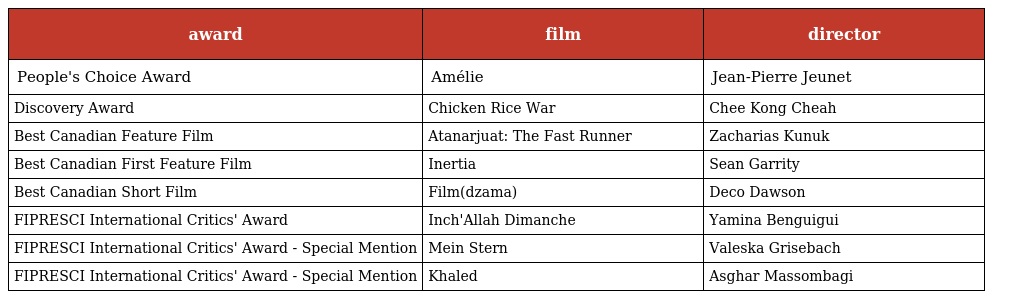
| award | film | director |
 | --- | --- | --- |
 | People's Choice Award | Amélie | Jean-Pierre Jeunet |
 | Discovery Award | Chicken Rice War | Chee Kong Cheah |
 | Best Canadian Feature Film | Atanarjuat: The Fast Runner | Zacharias Kunuk |
 | Best Canadian First Feature Film | Inertia | Sean Garrity |
 | Best Canadian Short Film | Film(dzama) | Deco Dawson |
 | FIPRESCI International Critics' Award | Inch'Allah Dimanche | Yamina Benguigui |
 | FIPRESCI International Critics' Award - Special Mention | Mein Stern | Valeska Grisebach |
 | FIPRESCI International Critics' Award - Special Mention | Khaled | Asghar Massombagi |